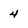
Character: 4